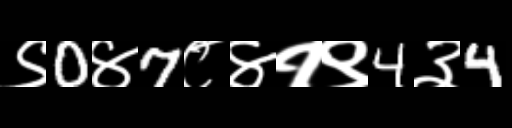
Text: ९0४7८४१९4३4